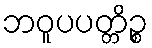
ဘဝူပပတ္တိဉ္စ